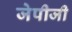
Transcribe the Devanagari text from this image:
जेपीजी